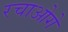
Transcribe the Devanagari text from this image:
रचाओगे